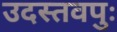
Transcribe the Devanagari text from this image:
उदस्तवपुः